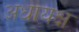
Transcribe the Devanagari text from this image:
अधायक्ष